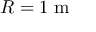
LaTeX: R = 1 \; { \mathrm { m } }